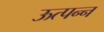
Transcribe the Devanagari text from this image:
ऊत्पन्न